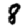
Digit: 8